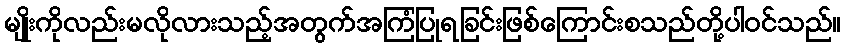
မျိုးကိုလည်းမလိုလားသည့်အတွက်အကြံပြုရခြင်းဖြစ်ကြောင်းစသည်တို့ပါဝင်သည်။